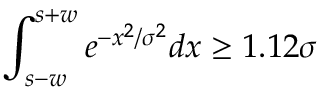
\displaystyle \int _ { s - w } ^ { s + w } e ^ { - x ^ { 2 } / \sigma ^ { 2 } } d x \ge 1 . 1 2 \sigma